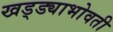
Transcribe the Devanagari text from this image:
खड्ड्याभोवती